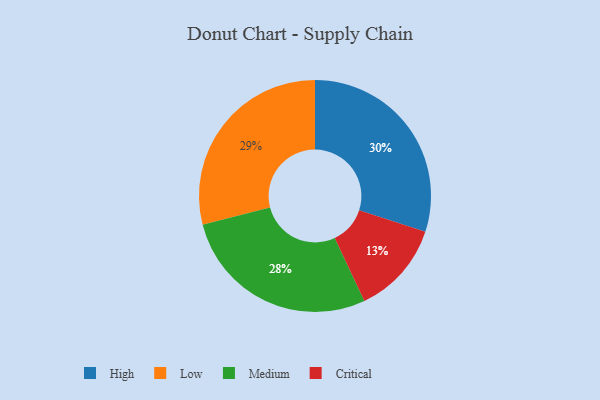
{"axis": {"x": "Category", "y": "Percentage"}, "legend": ["Critical", "High", "Low", "Medium"], "data": [{"x": "Low", "y": 29, "type": "Low"}, {"x": "High", "y": 30, "type": "High"}, {"x": "Critical", "y": 13, "type": "Critical"}, {"x": "Medium", "y": 28, "type": "Medium"}]}